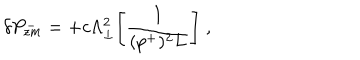
\delta P _ { z m } ^ { - } = + c \Lambda _ { \perp } ^ { 2 } \Biggl [ { \frac { 1 } { ( p ^ { + } ) ^ { 2 } L } } \Biggr ] \; ,